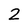
Character: 2